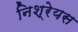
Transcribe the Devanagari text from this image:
निश्रेयस